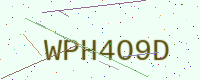
Text: WPH4O9D